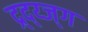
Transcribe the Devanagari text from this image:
द्र्द्य्ज्ग